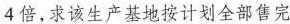
4倍，求该生产基地按计划全部售完